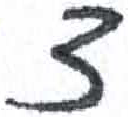
אות: צ